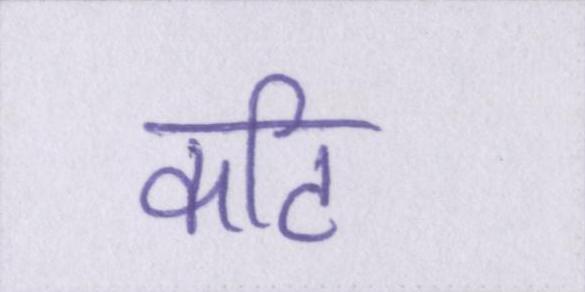
कटि